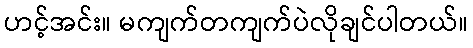
ဟင့်အင်း။ မကျက်တကျက်ပဲလိုချင်ပါတယ်။